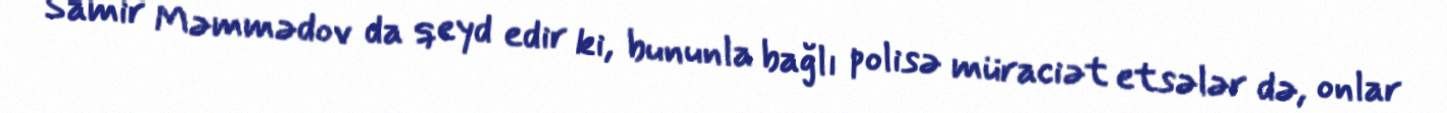
Samir Məmmədov da qeyd edir ki, bununla bağlı polisə müraciət etsələr də, onlar